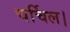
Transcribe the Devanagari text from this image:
चर्चिल।